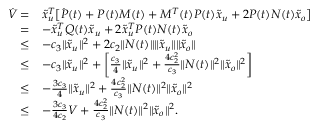
\begin{array} { r l } { \dot { V } = } & { \tilde { x } _ { u } ^ { T } \big [ \dot { P } ( t ) + P ( t ) M ( t ) + M ^ { T } ( t ) P ( t ) \tilde { x } _ { u } + 2 P ( t ) N ( t ) \tilde { x } _ { o } \big ] } \\ { = } & { - \tilde { x } _ { u } ^ { T } Q ( t ) \tilde { x } _ { u } + 2 \tilde { x } _ { u } ^ { T } P ( t ) N ( t ) \tilde { x } _ { o } } \\ { \leq } & { - c _ { 3 } \| \tilde { x } _ { u } \| ^ { 2 } + 2 c _ { 2 } \| N ( t ) \| \| \tilde { x } _ { u } \| \| \tilde { x } _ { o } \| } \\ { \leq } & { - c _ { 3 } \| \tilde { x } _ { u } \| ^ { 2 } + \bigg [ \frac { c _ { 3 } } { 4 } \| \tilde { x } _ { u } \| ^ { 2 } + \frac { 4 c _ { 2 } ^ { 2 } } { c _ { 3 } } \| N ( t ) \| ^ { 2 } \| \tilde { x } _ { o } \| ^ { 2 } \bigg ] } \\ { \leq } & { - \frac { 3 c _ { 3 } } { 4 } \| \tilde { x } _ { u } \| ^ { 2 } + \frac { 4 c _ { 2 } ^ { 2 } } { c _ { 3 } } \| N ( t ) \| ^ { 2 } \| \tilde { x } _ { o } \| ^ { 2 } } \\ { \leq } & { - \frac { 3 c _ { 3 } } { 4 c _ { 2 } } V + \frac { 4 c _ { 2 } ^ { 2 } } { c _ { 3 } } \| N ( t ) \| ^ { 2 } \| \tilde { x } _ { o } \| ^ { 2 } . } \end{array}